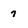
Character: 7